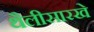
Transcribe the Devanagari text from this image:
थैलीसारखे